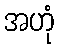
အဟုံ